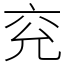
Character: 兖